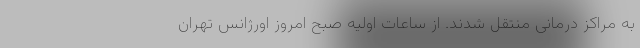
به مراکز درمانی منتقل شدند. از ساعات اولیه صبح امروز اورژانس تهران